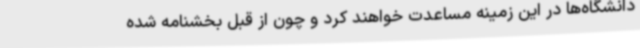
دانشگاه‌ها در این زمینه مساعدت خواهند کرد و چون از قبل بخشنامه شده